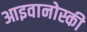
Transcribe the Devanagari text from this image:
आइवानोस्की